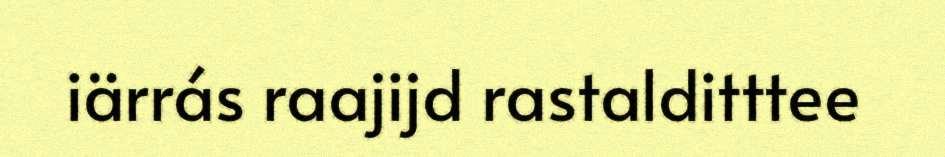
iärrás raajijd rastalditttee